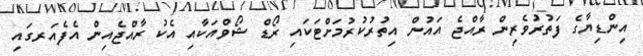
އިންޑިޔާގެ ފަތުރުވެރިން ރާއްޖެ އައުން އިތުރުކުރުމަށްޓަކައި ރޯޑް ޝޯވްއަކާއި އެކު ރާއްޖެއިން އެފެއަރގައި